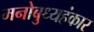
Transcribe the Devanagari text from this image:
मनोबुध्यहंकार